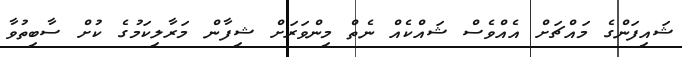
ޝައިފަންގެ މައްޗަށް އެއްވެސް ޝައްކެއް ނެތް މިންވަރަށް ޝިފާން މަރާލިކަމުގެ ކުށް ސާބިތުވާ